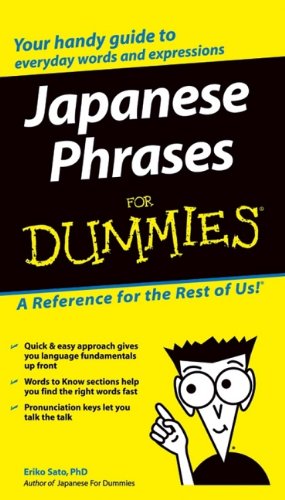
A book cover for Japanese Phrases For Dummies; Travel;